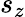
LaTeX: s_{z}